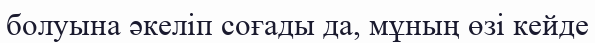
болуына әкеліп соғады да, мұның өзі кейде